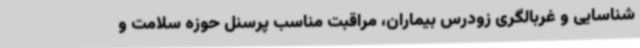
شناسایی و غربالگری زودرس بیماران، مراقبت مناسب پرسنل حوزه سلامت و